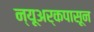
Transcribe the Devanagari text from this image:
न्यूअर्कपासून